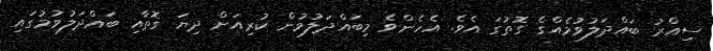
ސިއްރު ބައްދަލުވުމެއްގެ ގޮތުގަ އެވެ. އެހެންވެ މިބައްދަލުވުން ކުރިއަށް ދިޔަ ގޮތާއި ބައްދަލުވުމުގައި